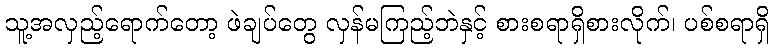
သူ့အလှည့်ရောက်တော့ ဖဲချပ်တွေ လှန်မကြည့်ဘဲနှင့် စားစရာရှိစားလိုက်၊ ပစ်စရာရှိ